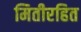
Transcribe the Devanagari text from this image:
मितीरहित